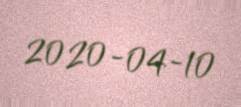
2020-04-10